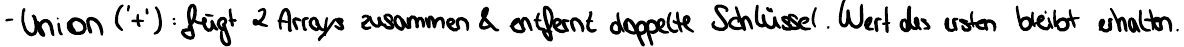
- Union ('+'): fügt 2 Arrays zusammen & entfernt doppelte Schlüssel. Wert des ersten bleibt erhalten.